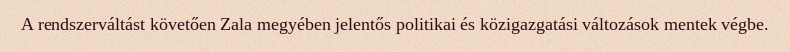
A rendszerváltást követően Zala megyében jelentős politikai és közigazgatási változások mentek végbe.